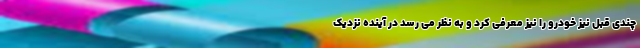
چندی قبل نیز خودرو را نیز معرفی کرد و به نظر می رسد در آینده نزدیک